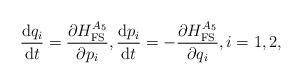
LaTeX: \begin{gather*}\frac{{\rm d}q_i}{{\rm d}t}=\frac{\partial H_{\mathrm{FS}}^{A_5}}{\partial p_i}, \frac{{\rm d}p_i}{{\rm d}t}=-\frac{\partial H_{\mathrm{FS}}^{A_5}}{\partial q_i}, i=1,2,\end{gather*}